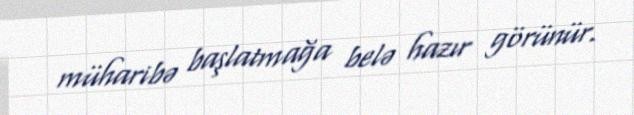
müharibə başlatmağa belə hazır görünür.